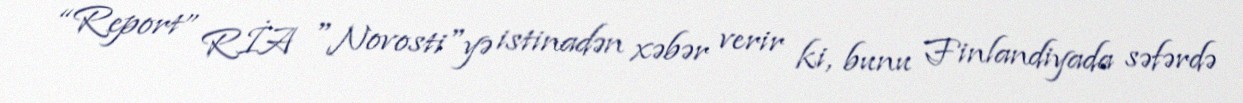
“Report” RİA "Novosti"yə istinadən xəbər verir ki, bunu Finlandiyada səfərdə